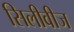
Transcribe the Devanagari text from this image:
सिलीवीज